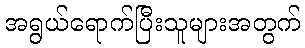
အရွယ်ရောက်ပြီးသူများအတွက်